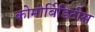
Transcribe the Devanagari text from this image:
कोमोर्बिडिटीस